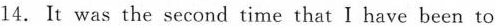
14. It was the second time that I have been to